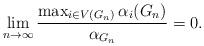
LaTeX: \begin{align*}\lim_{n \to \infty} \frac{\max_{i \in V(G_n)} \alpha_i(G_n)}{\alpha_{G_n}} = 0.\end{align*}